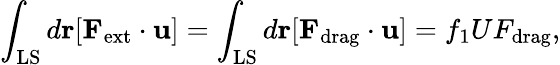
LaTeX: \int_{\mathrm{LS}}d{\mathbf r}[{\mathbf F}_{\mathrm{ext}}\cdot{\mathbf u}]=\int_{\mathrm{LS}}d{\mathbf r}[{\mathbf F}_{\mathrm{drag}}\cdot{\mathbf u}]=f_{1}UF_{\mathrm{drag}},